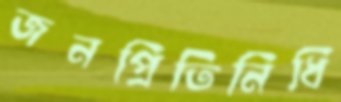
জনপ্রিতিনিধি